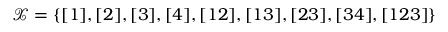
\mathcal { X } = \left\{ [ 1 ] , [ 2 ] , [ 3 ] , [ 4 ] , [ 1 2 ] , [ 1 3 ] , [ 2 3 ] , [ 3 4 ] , [ 1 2 3 ] \right\}